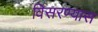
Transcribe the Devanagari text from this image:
विसरण्यास